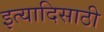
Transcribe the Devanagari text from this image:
इत्यादिसाठी